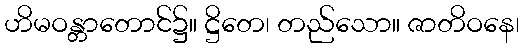
ဟိမဝန္တာတောင်၌။ ဋ္ဌိတေ၊ တည်သော။ ဇာတိဝနေ၊